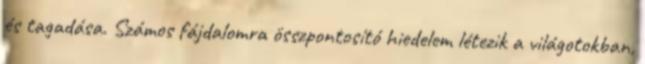
és tagadása. Számos fájdalomra összpontosító hiedelem létezik a világotokban,